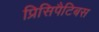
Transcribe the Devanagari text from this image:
प्रिसिपैटिबस